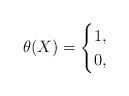
LaTeX: \begin{align*} \theta(X) = \begin{cases} 1, & \\0, & \end{cases} \end{align*}